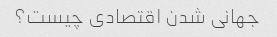
جهانی شدن اقتصادی چیست؟